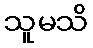
သူမသိ